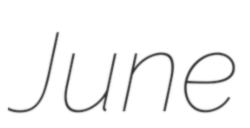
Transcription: June